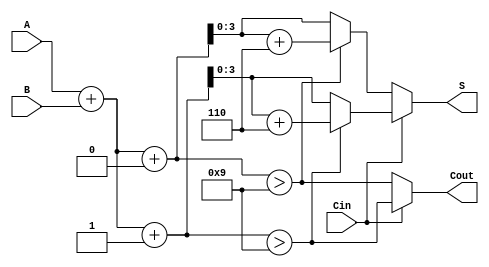
module BCD_MCSA (
    input [3:0] A,     // 4-bit BCD input A
    input [3:0] B,     // 4-bit BCD input B
    input Cin,         // Carry-in
    output reg [3:0] S, // 4-bit BCD sum output
    output reg Cout     // Carry-out
);

    wire [4:0] S0, S1;  // Intermediate sums for Cin = 0 and Cin = 1
    wire C0, C1;        // Carry-out for Cin = 0 and Cin = 1
    wire [4:0] S0_corrected, S1_corrected; // Corrected sums

    // Compute sums for Cin = 0 and Cin = 1
    assign S0 = A + B + 4'b0000; // Sum with Cin = 0
    assign S1 = A + B + 4'b0001; // Sum with Cin = 1

    // Determine carries for both cases
    assign C0 = (S0 > 4'b1001); // Carry-out for Cin = 0
    assign C1 = (S1 > 4'b1001); // Carry-out for Cin = 1

    // BCD Correction: Add 6 if the sum exceeds 9
    assign S0_corrected = (C0) ? S0 + 4'b0110 : S0; // Correct S0 if needed
    assign S1_corrected = (C1) ? S1 + 4'b0110 : S1; // Correct S1 if needed

    // Select the final sum based on Cin
    always @(*) begin
        if (Cin) begin
            S = (C1) ? S1_corrected[3:0] : S1[3:0]; // Select S1
            Cout = C1; // Carry-out for Cin = 1
        end else begin
            S = (C0) ? S0_corrected[3:0] : S0[3:0]; // Select S0
            Cout = C0; // Carry-out for Cin = 0
        end
    end

endmodule